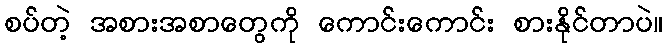
စပ်တဲ့ အစားအစာတွေကို ကောင်းကောင်း စားနိုင်တာပဲ။